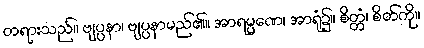
တရားသည်။ ဗျပ္ပနာ၊ ဗျပ္ပနာမည်၏။ အာရမ္မဏေ၊ အာရုံ၌။ စိတ္တံ၊ စိတ်ကို။